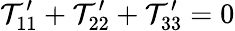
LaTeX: {\cal T}_{11}^{\prime}+{\cal T}_{22}^{\prime}+{\cal T}_{33}^{\prime}=0